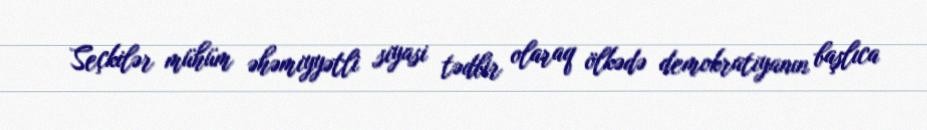
Seçkilər mühüm əhəmiyyətli siyasi tədbir olaraq ölkədə demokratiyanın başlıca